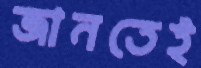
জানতেই